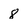
Character: 8